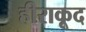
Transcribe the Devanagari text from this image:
हीराकूद